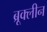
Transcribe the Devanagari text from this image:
ब्रूक्लीन